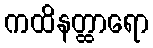
ကထိနတ္ထာရော